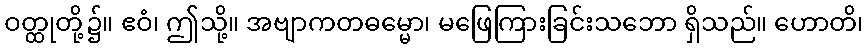
ဝတ္ထုတို့၌။ ဧဝံ၊ ဤသို့။ အဗျာကတဓမ္မော၊ မဖြေကြားခြင်းသဘော ရှိသည်။ ဟောတိ၊